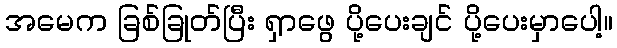
အမေက ခြစ်ခြုတ်ပြီး ရှာဖွေ ပို့ပေးချင် ပို့ပေးမှာပေါ့။